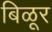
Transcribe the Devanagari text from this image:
बिळूर